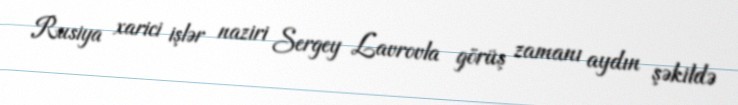
Rusiya xarici işlər naziri Sergey Lavrovla görüş zamanı aydın şəkildə